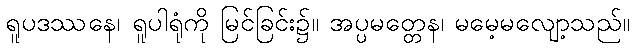
ရူပဒဿနေ၊ ရူပါရုံကို မြင်ခြင်း၌။ အပ္ပမတ္တေန၊ မမေ့မလျော့သည်။